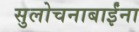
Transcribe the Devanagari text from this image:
सुलोचनाबाईंना